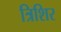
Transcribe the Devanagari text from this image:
त्रिशिर